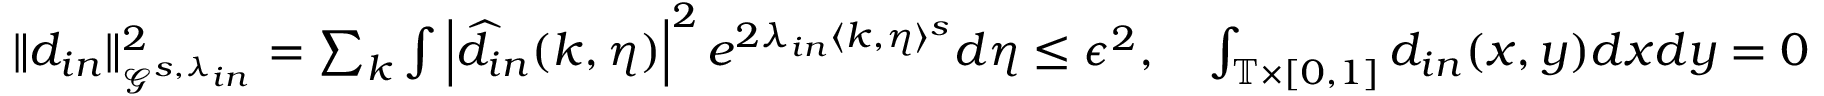
\begin{array} { r } { \| d _ { i n } \| _ { \mathcal { G } ^ { s , \lambda _ { i n } } } ^ { 2 } = \sum _ { k } \int \left| \widehat { d } _ { i n } ( k , \eta ) \right| ^ { 2 } e ^ { 2 \lambda _ { i n } \langle k , \eta \rangle ^ { s } } d \eta \leq \epsilon ^ { 2 } , \quad \int _ { \mathbb { T } \times [ 0 , 1 ] } d _ { i n } ( x , y ) d x d y = 0 } \end{array}